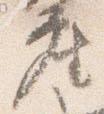
座